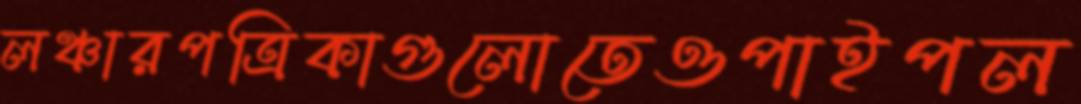
লঞ্চারপত্রিকাগুলোতেওপাইপল